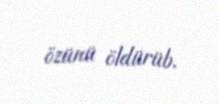
özünü öldürüb.